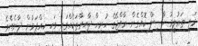
މަތީ ތަޢުލީމު ހާސިލް ކޮއްގެން ރާއްޖޭގެ ހުރިހާ ދާއިރާތަކެއްގައި ވަކި ހިއްޕަމުން ދާނެއެވެ.